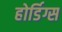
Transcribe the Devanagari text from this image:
होर्डिग्स